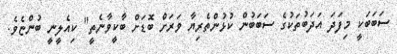
ސަބަބަކީ މިފަދަ އަދަބުތަކުގެ ސަބަބުން ކުޅުންތެރިޔާ ވަރަށް ބޮޑަށް ބާކީވާނެތީ" ކިއެލީނީ ބުންޏެވެ.